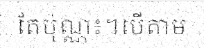
តែប៉ុណ្ណ៖។បើតាម